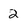
Character: 2